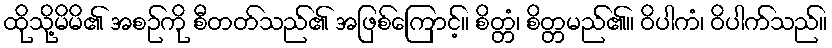
ထိုသို့မိမိ၏ အစဉ်ကို စီတတ်သည်၏ အဖြစ်ကြောင့်။ စိတ္တံ၊ စိတ္တမည်၏။ ဝိပါကံ၊ ဝိပါက်သည်။